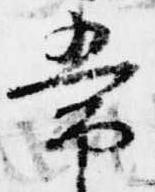
常